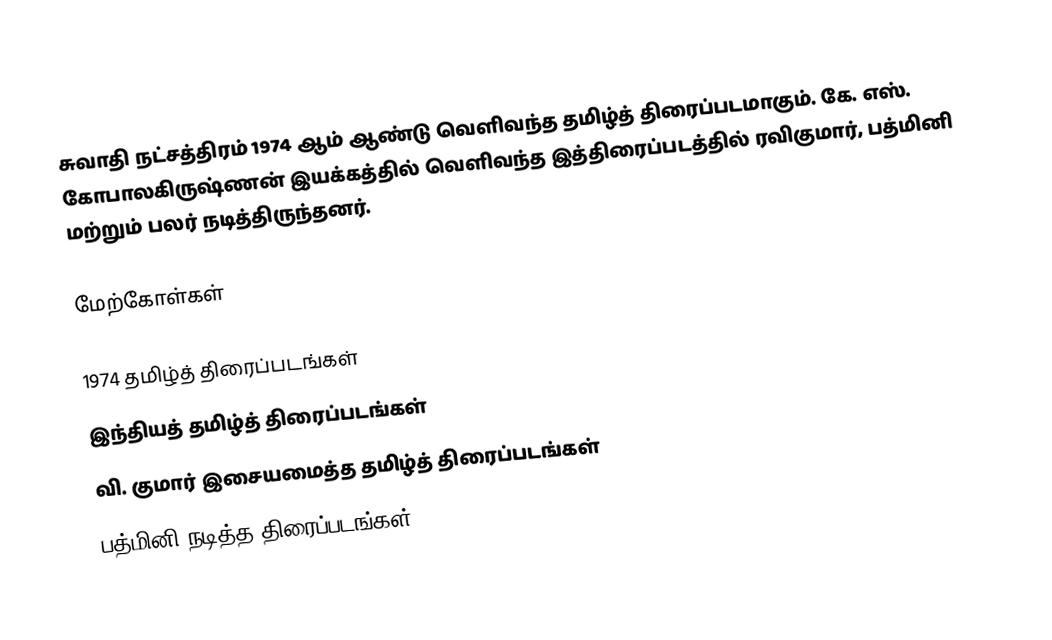
சுவாதி நட்சத்திரம் 1974 ஆம் ஆண்டு வெளிவந்த தமிழ்த் திரைப்படமாகும். கே. எஸ். கோபாலகிருஷ்ணன் இயக்கத்தில் வெளிவந்த இத்திரைப்படத்தில் ரவிகுமார், பத்மினி மற்றும் பலர் நடித்திருந்தனர்.

மேற்கோள்கள்

1974 தமிழ்த் திரைப்படங்கள்
இந்தியத் தமிழ்த் திரைப்படங்கள்
வி. குமார் இசையமைத்த தமிழ்த் திரைப்படங்கள்
பத்மினி நடித்த திரைப்படங்கள்